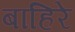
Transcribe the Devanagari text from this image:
बाहिरे